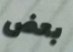
بعض